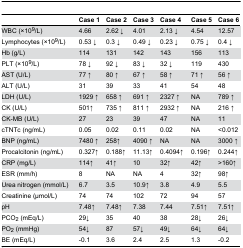
<table><thead><tr><td></td><td><b>Case 1</b></td><td><b>Case 2</b></td><td><b>Case 3</b></td><td><b>Case 4</b></td><td><b>Case 5</b></td><td><b>Case 6</b></td></tr></thead><tbody><tr><td>WBC (×10<sup>9</sup>/L)</td><td>4.66</td><td>2.62 ↓</td><td>4.01</td><td>2.13 ↓</td><td>4.54</td><td>12.57</td></tr><tr><td>Lymphocytes (×10<sup>9</sup>/L)</td><td>0.53 ↓</td><td>0.3 ↓</td><td>0.49 ↓</td><td>0.23 ↓</td><td>0.75 ↓</td><td>0.4 ↓</td></tr><tr><td>Hb (g/L)</td><td>114</td><td>131</td><td>142</td><td>143</td><td>156</td><td>113</td></tr><tr><td>PLT (×10<sup>9</sup>/L)</td><td>78 ↓</td><td>92 ↓</td><td>83 ↓</td><td>32 ↓</td><td>119</td><td>430</td></tr><tr><td>AST (U/L)</td><td>77 ↑</td><td>80 ↑</td><td>67 ↑</td><td>58 ↑</td><td>71 ↑</td><td>56 ↑</td></tr><tr><td>ALT (U/L)</td><td>31</td><td>39</td><td>33</td><td>41</td><td>54</td><td>48</td></tr><tr><td>LDH (U/L)</td><td>1929 ↑</td><td>658 ↑</td><td>691 ↑</td><td>2327 ↑</td><td>NA</td><td>789 ↑</td></tr><tr><td>CK (U/L)</td><td>501↑</td><td>735 ↑</td><td>811 ↑</td><td>2932 ↑</td><td>NA</td><td>216 ↑</td></tr><tr><td>CK-MB (U/L)</td><td>27</td><td>23</td><td>39</td><td>47</td><td>NA</td><td>11</td></tr><tr><td>cTNTc (ng/mL)</td><td>0.05</td><td>0.02</td><td>0.11</td><td>0.02</td><td>NA</td><td>&lt;0.012</td></tr><tr><td>BNP (ng/mL)</td><td>7480 ↑</td><td>258↑</td><td>4090 ↑</td><td>NA</td><td>NA</td><td>3000 ↑</td></tr><tr><td>Procalcitonin (ng/mL)</td><td>0.327↑</td><td>0.188↑</td><td>11.13↑</td><td>0.4094↑</td><td>0.196↑</td><td>0.244↑</td></tr><tr><td>CRP (mg/L)</td><td>114↑</td><td>41↑</td><td>10</td><td>32↑</td><td>42↑</td><td>&gt;160↑</td></tr><tr><td>ESR (mm/h)</td><td>8</td><td>NA</td><td>NA</td><td>4</td><td>32↑</td><td>98↑</td></tr><tr><td>Urea nitrogen (mmol/L)</td><td>6.7</td><td>3.5</td><td>10.9↑</td><td>3.8</td><td>4.9</td><td>5.5</td></tr><tr><td>Creatinine (μmol/L)</td><td>74</td><td>74</td><td>102</td><td>72</td><td>94</td><td>57</td></tr><tr><td>pH</td><td>7.48↑</td><td>7.48↑</td><td>7.38</td><td>7.44</td><td>7.51↑</td><td>7.51↑</td></tr><tr><td>PCO<sub>2</sub> (mEq/L)</td><td>29↓</td><td>35</td><td>40</td><td>38</td><td>28↓</td><td>26↓</td></tr><tr><td>PO<sub>2</sub> (mmHg)</td><td>54↓</td><td>87</td><td>57↓</td><td>49↓</td><td>64↓</td><td>64↓</td></tr><tr><td>BE (mEq/L)</td><td>-0.1</td><td>3.6</td><td>2.4</td><td>2.5</td><td>1.3</td><td>-0.2</td></tr></tbody></table>